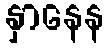
နှာနေန